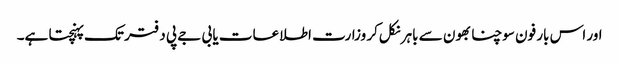
اور اس بار فون سوچنا بھون سے باہر نکل‌کر وزارت اطلاعات یا بی جے پی دفتر تک پہنچتا ہے۔